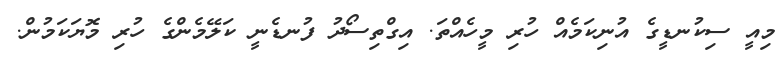
މިއީ ސިކުނޑީގެ އުނިކަމެއް ހުރި މީހެއްތަ. އިގްތިސޯދު ފުނޑެނީ ކަލޭމެންގެ ހުރި މޮޔަކަމުން.